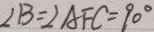
\angle B = \angle A F C = 9 0 ^ { \circ }